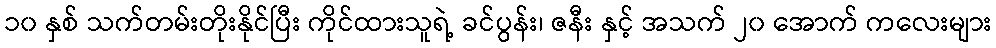
၁၀ နှစ် သက်တမ်းတိုးနိုင်ပြီး ကိုင်ထားသူရဲ့ ခင်ပွန်း၊ ဇနီး နှင့် အသက် ၂၀ အောက် ကလေးများ